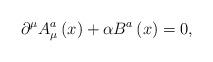
LaTeX: \begin{align*}\partial ^\mu A_\mu ^a\left(x\right) +\alpha B^a\left(x\right)=0,\end{align*}